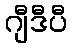
ဂျီဒီပီ